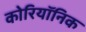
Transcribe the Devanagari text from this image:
कोरियॉनिक